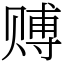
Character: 赙